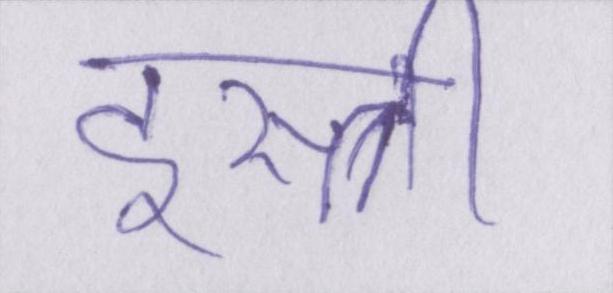
इस्त्री